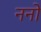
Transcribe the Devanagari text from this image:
ननो